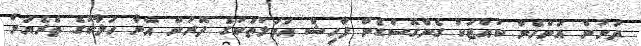
ދަށުން އަންހެން ކުއްޖަކު ގެންގޮސްގެން ފާހިޝް އަމަލުތަކުގެ ދޮރުން އޭނާ ހަލާކުގެ ތެރެޔަށް